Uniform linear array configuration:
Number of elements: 8
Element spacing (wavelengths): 0.75
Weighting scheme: exponential
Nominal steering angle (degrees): -30
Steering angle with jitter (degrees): -30.613
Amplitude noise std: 0.05
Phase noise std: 0.05

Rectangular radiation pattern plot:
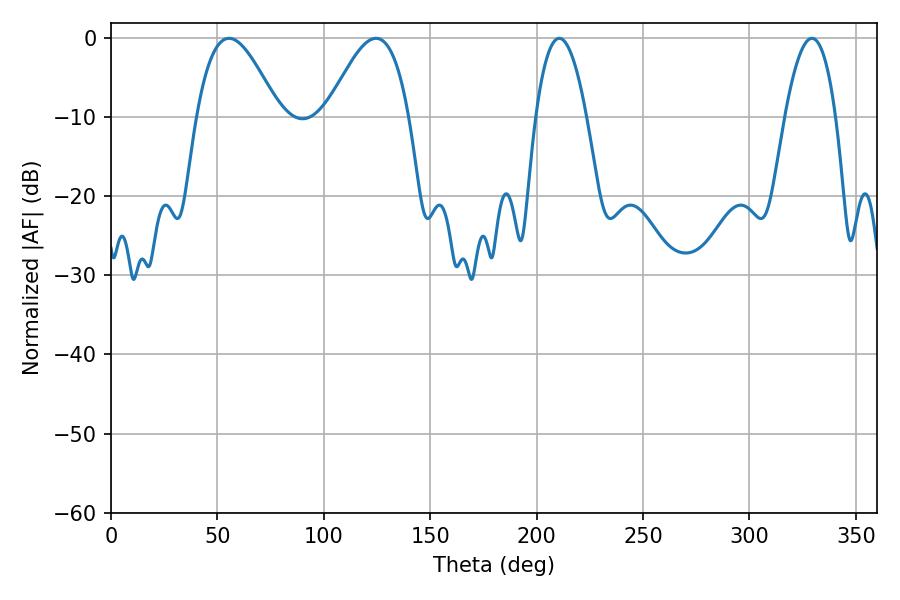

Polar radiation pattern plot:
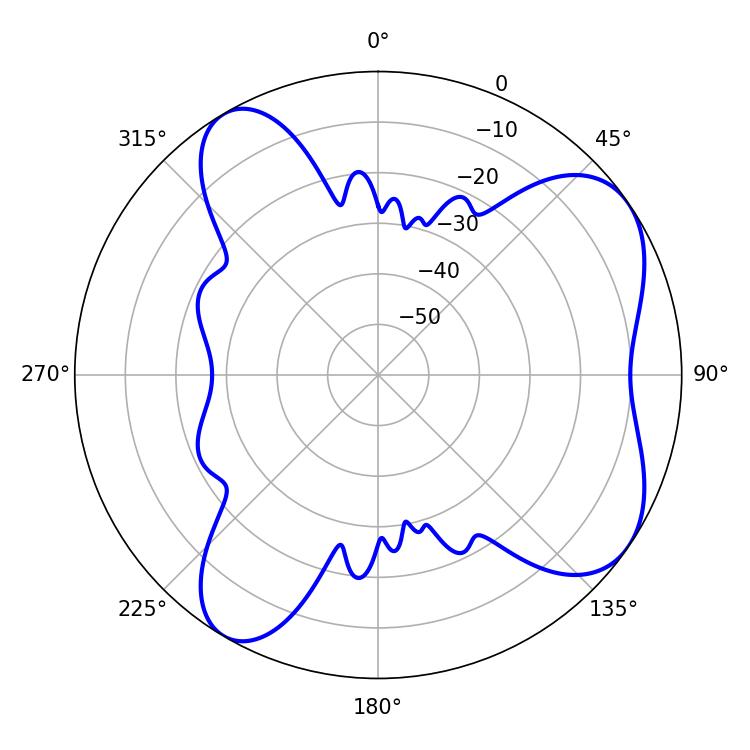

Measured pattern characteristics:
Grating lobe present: TRUE
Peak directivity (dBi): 6.616
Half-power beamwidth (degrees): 20.88
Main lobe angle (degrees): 55.44